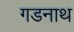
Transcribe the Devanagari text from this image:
गडनाथ